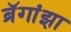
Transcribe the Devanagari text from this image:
ब्रॅगांझा